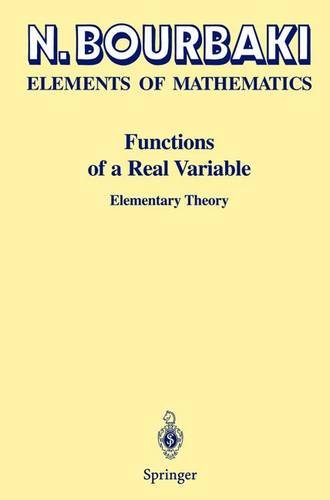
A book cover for Functions of a Real Variable; N. Bourbaki; Science & Math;